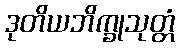
ဒုတိယဘိက္ခုသုတ္တံ